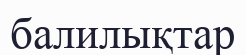
балилықтар